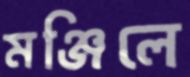
মঞ্জিলে